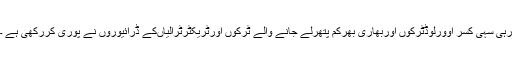
رہی سہی کسر اوورلوڈٹرکوں اوربھاری بھرکم پتھرلے جانے والے ٹرکوں اورٹریکٹرٹرالیاںکے ڈرائیوروں نے پوری کررکھی ہے ۔